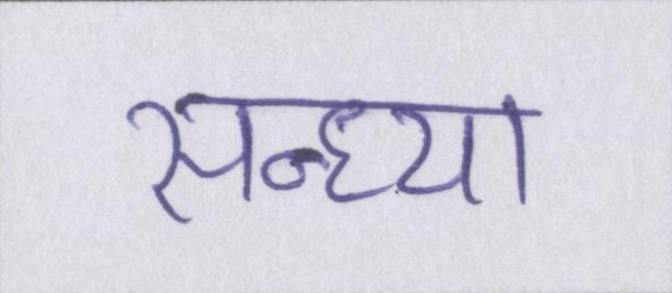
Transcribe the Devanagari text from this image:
सन्ध्या